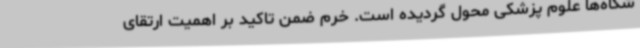
شگاه‌ها علوم پزشکی محول گردیده است. خرم ضمن تاکید بر اهمیت ارتقای